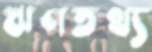
ঋণতথ্য